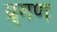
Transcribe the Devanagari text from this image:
प्र्गण